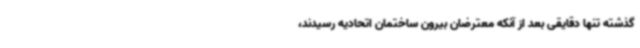
گذشته تنها دقایقی بعد از آنکه معترضان بیرون ساختمان اتحادیه رسیدند،